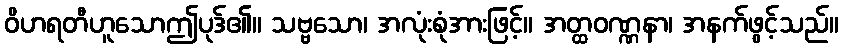
ဝိဟရတီဟူသောဤပုဒ်၏။ သဗ္ဗသော၊ အလုံးစုံအားဖြင့်။ အတ္ထဝဏ္ဏနာ၊ အနက်ဖွင့်သည်။